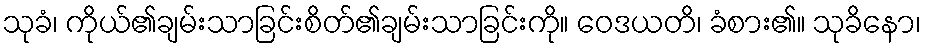
သုခံ၊ ကိုယ်၏ချမ်းသာခြင်းစိတ်၏ချမ်းသာခြင်းကို။ ဝေဒယတိ၊ ခံစား၏။ သုခိနော၊